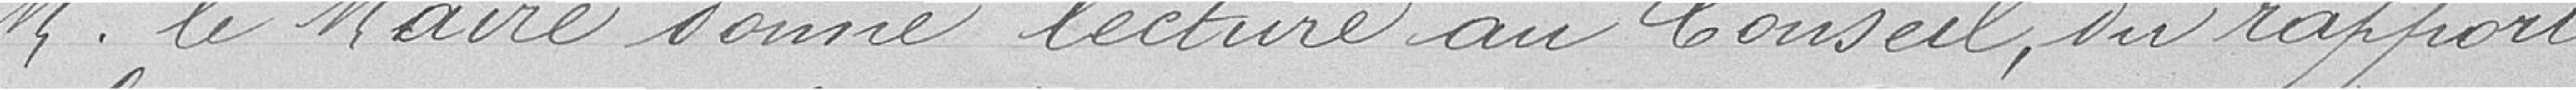
Monsieur le Maire donne lecture au Conseil, du rapport